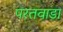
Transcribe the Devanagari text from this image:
परतवाडा